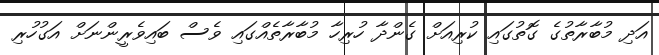
އަދި މުބާރާތުގެ ގޮތުގައި ކުރިއަށް ގެންދާ ހުރިހާ މުބާރާތެއްގައި ވެސް ބައިވެރީންނަށް އަގުހުރި